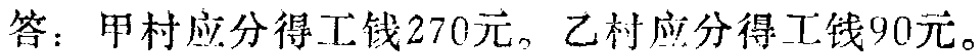
答：甲村应分得工钱270元。乙村应分得工钱90元。